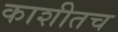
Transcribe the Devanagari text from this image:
काशीतच